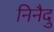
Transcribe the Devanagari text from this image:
निनैदु